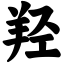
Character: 羟